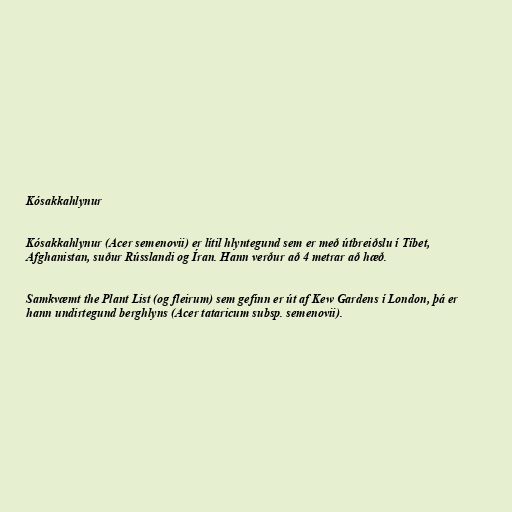
Kósakkahlynur

Kósakkahlynur (Acer semenovii) er lítil hlyntegund sem er með útbreiðslu í Tíbet,
Afghanistan, suður Rússlandi og Íran. Hann verður að 4 metrar að hæð.

Samkvæmt the Plant List (og fleirum) sem gefinn er út af Kew Gardens í London, þá er
hann undirtegund berghlyns (Acer tataricum subsp. semenovii).